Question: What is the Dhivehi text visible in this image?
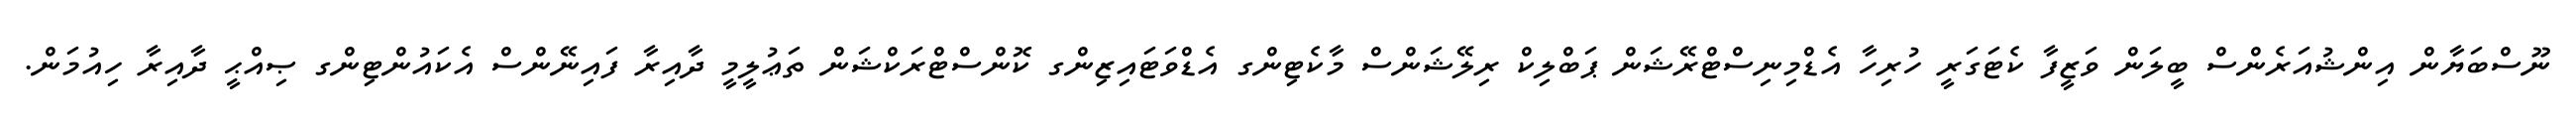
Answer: ނޫސްބަޔާން އިންޝުއަރެންސް ބީލަން ވަޒީފާ ކެޓަގަރީ ހުރިހާ އެޑްމިނިސްޓްރޭޝަން ޕަބްލިކް ރިލޭޝަންސް މާކެޓިންގ އެޑްވަޓައިޒިންގ ކޮންސްޓްރަކްޝަން ތަޢުލީމީ ދާއިރާ ފައިނޭންސް އެކައުންޓިންގ ޞިއްޙީ ދާއިރާ ހިއުމަން.